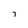
Character: 7